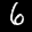
Label: 6